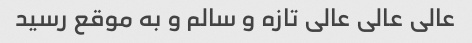
عالی عالی عالی تازه و سالم و به موقع رسید